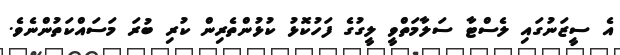
އެ ސީޒަނުގައި ލެސްޓާ ސަލާމަތްވީ ލީގުގެ ފަހުކޮޅު ކުޅުންތެރިން ކުރި ބުރަ މަސައްކަތުންނެވެ.